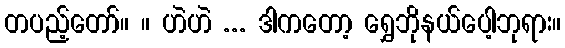
တပည့်တော်။ ။ ဟဲဟဲ ... ဒါကတော့ ရွှေဘိုနယ်ပေါ့ဘုရား။